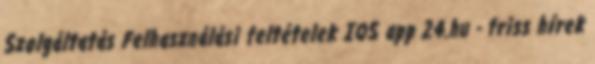
Szolgáltatás Felhasználási feltételek IOS app 24.hu - friss hírek